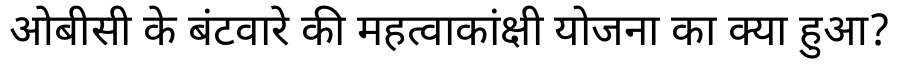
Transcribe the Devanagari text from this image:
ओबीसी के बंटवारे की महत्वाकांक्षी योजना का क्या हुआ?